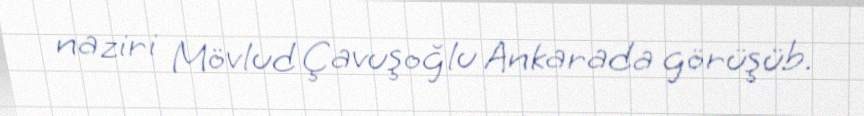
naziri Mövlud Çavuşoğlu Ankarada görüşüb.